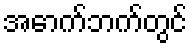
အောက်ဘက်တွင်